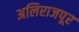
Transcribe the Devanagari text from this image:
अलिराजपूर